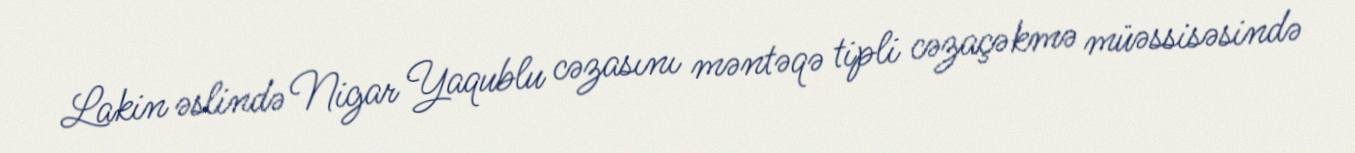
Lakin əslində Nigar Yaqublu cəzasını məntəqə tipli cəzaçəkmə müəssisəsində